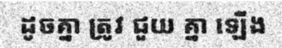
ដូចគ្នា ត្រូវ ជួយ គ្នា ឡើង